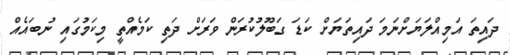
ދައިތަ އަމިއްލަޔަށްނަމަ ދައިތަޔަށް ކަޑަ ގަބޫލުކުރަން ވަރަށް ދަތި ކަމެއްތީ މިކަމުގައި ނުބައެއް